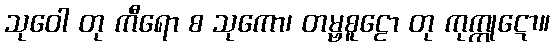
သုဝေါ တု ကီရော စ သုကော၊ တမ္ဗစူဠော တု ကုက္ကုဋော။